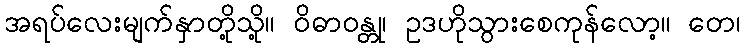
အရပ်လေးမျက်နှာတို့သို့။ ဝိဓာဝန္တု၊ ဥဒဟိုသွားစေကုန်လော့။ တေ၊